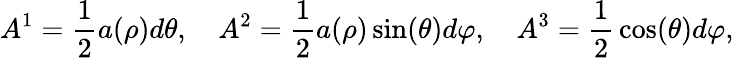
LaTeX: A^{1}={\frac{1}{2}}a(\rho)d\theta,\quad A^{2}={\frac{1}{2}}a(\rho)\sin(\theta)d\varphi,\quad A^{3}={\frac{1}{2}}\cos(\theta)d\varphi,